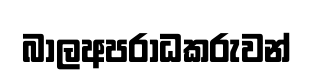
බාලඅපරාධකරුවන්